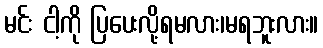
မင်း ငါ့ကို ပြပေးလို့ရမလား၊မရဘူးလား။